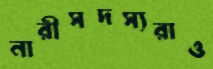
নারীসদস্যরাও